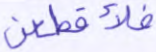
فلأقطعن